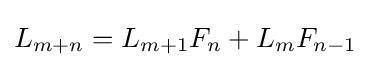
L_{m+n}=L_{m+1}F_{n}+L_{m}F_{n-1}